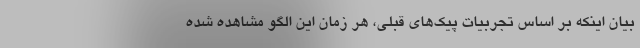
بیان اینکه بر اساس تجربیات پیک‌های قبلی، هر زمان این الگو مشاهده شده